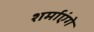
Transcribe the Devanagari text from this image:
शर्माएंगे